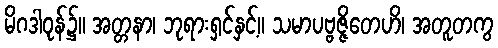
မိဂဒါဝုန်၌။ အတ္တနာ၊ ဘုရားရှင်နှင့်။ သမာပဗ္ဗဇ္ဇိတေဟိ၊ အတူတကွ